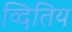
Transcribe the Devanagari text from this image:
व्दितिय